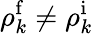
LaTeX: \rho_{k}^{\mathrm f}\neq\rho_{k}^{\mathrm i}